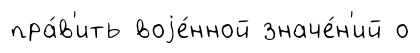
пра́в'ить воjе́нной значе́н'ий о